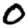
Digit: 0